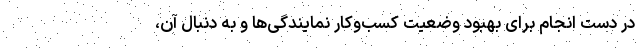
در دست انجام برای بهبود وضعیت کسب‌وکار نمایندگی‌ها و به دنبال آن،